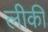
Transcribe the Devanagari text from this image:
लीकी